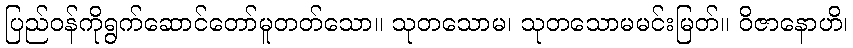
ပြည်ဝန်ကိုရွက်ဆောင်တော်မူတတ်သော။ သုတသောမ၊ သုတသောမမင်းမြတ်။ ဝိဇာနောဟိ၊